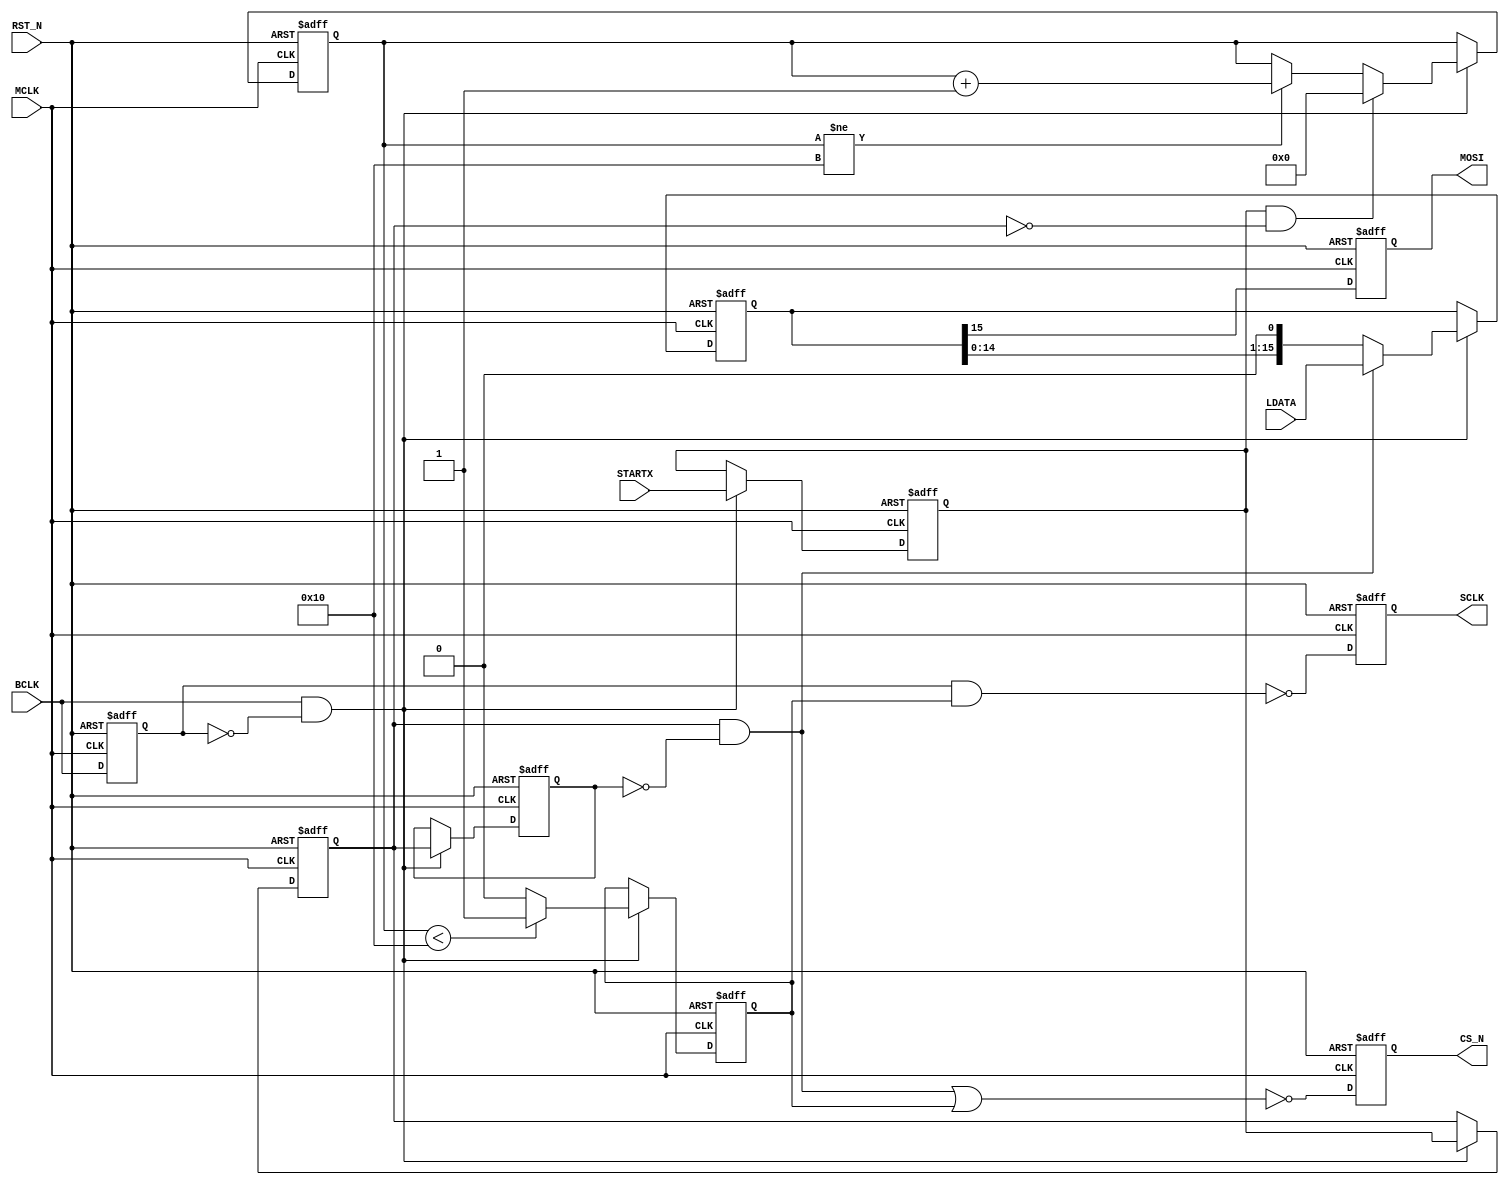
//-----------------------------
// P_S.vhd
// Parallel-Serial Converter
// by Toshio Iwata at digitalfilter.com 2009/05/06

module P_S(
  RST_N,
  MCLK,
  BCLK,
  LDATA,
  STARTX,
  MOSI,
  CS_N,
  SCLK
);

input RST_N;
input MCLK;
input BCLK;
input STARTX;
input[15:0] LDATA;
output CS_N, MOSI, SCLK;

wire   RST_N;
wire   MCLK;
wire   BCLK;
wire  [15:0] LDATA;
reg    CS_N, SCLK, MOSI;


reg  [15:0] rdata_tmp;
reg  [7:0] counter256;
reg   STARTX_dly1;
reg   STARTX_dly2;
reg   STARTX_dly3;
wire  ldata_ld;
reg   bclk_dly1;
wire  bclk_edge;
reg  sclk_enb;

// architecture P_S
//-----------------------------------------------------------------
always@(posedge MCLK or negedge RST_N)  begin
  if ((RST_N == 1'b0)  )  begin
    rdata_tmp <= {16{1'b0}};
  end
  else  begin
    if ((bclk_edge == 1'b1)  )  begin
      if ((ldata_ld == 1'b1)  )  begin
        rdata_tmp <= LDATA;
      end
      else  begin
        rdata_tmp <= {rdata_tmp[14:0] ,1'b0};
      end
    end
  end
end

//-----------------------------------------------------------------
always@(posedge MCLK or negedge RST_N)  begin
  if ((RST_N == 1'b0)  )  begin
    MOSI <= 1'b0;
  end
  else  begin
    MOSI <= rdata_tmp[15];
  end
end

//-----------------------------------------------------------------
always@(posedge MCLK or negedge RST_N)  begin
  if ((RST_N == 1'b0)  )  begin
    STARTX_dly3 <= 1'b0;
    STARTX_dly2 <= 1'b0;
    STARTX_dly1 <= 1'b0;
  end
  else  begin
    if ((bclk_edge == 1'b1)  )  begin
      STARTX_dly3 <= STARTX_dly2;
      STARTX_dly2 <= STARTX_dly1;
      STARTX_dly1 <= STARTX;
    end
  end
end

assign ldata_ld = STARTX_dly2 &  ~STARTX_dly3;

//-----------------------------------------------------------------
always@(posedge MCLK or negedge RST_N)  begin
  if ((RST_N == 1'b0)  )  begin
    bclk_dly1 <= 1'b0;
  end
  else  begin
    bclk_dly1 <= BCLK;
  end
end

assign bclk_edge = BCLK &  ~bclk_dly1;

//-----------------------------------------------------------------
always@(posedge MCLK or negedge RST_N)  begin
  if ((RST_N == 1'b0)  )  begin
    counter256 <= {8{1'b1}};
  end
  else  begin
    if ((bclk_edge == 1'b1)  )  begin
      if ( STARTX_dly1 == 1'b1 && STARTX_dly2 == 1'b0 )  begin
        counter256 <= {8{1'b0}};
      end
      else if(counter256 != 16) begin
        counter256 <= counter256 + 1;
      end
    end
  end
end

//-----------------------------------------------------------------
always@(posedge MCLK or negedge RST_N)  begin
  if ((RST_N == 1'b0)  )  begin
    sclk_enb <= 1'b0;
  end
  else  begin
    if ((bclk_edge == 1'b1)  )  begin
      if( counter256 < 16 ) begin
        sclk_enb <= 1'b1;
      end else begin
        sclk_enb <= 1'b0;
      end
    end
  end
end

//-----------------------------------------------------------------
always@(posedge MCLK or negedge RST_N)  begin
  if ((RST_N == 1'b0)  )  begin
    SCLK <= 1'b1;
  end
  else  begin
    SCLK <= ~(bclk_dly1 & sclk_enb);
  end
end

//-----------------------------------------------------------------
always@(posedge MCLK or negedge RST_N)  begin
  if ((RST_N == 1'b0)  )  begin
    CS_N <= 1'b1;
  end
  else  begin
    CS_N <= ~(ldata_ld | sclk_enb);
  end
end

endmodule